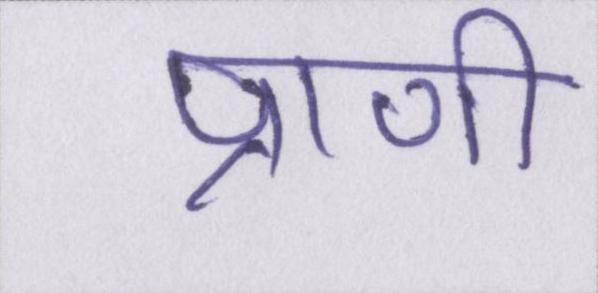
प्राणी